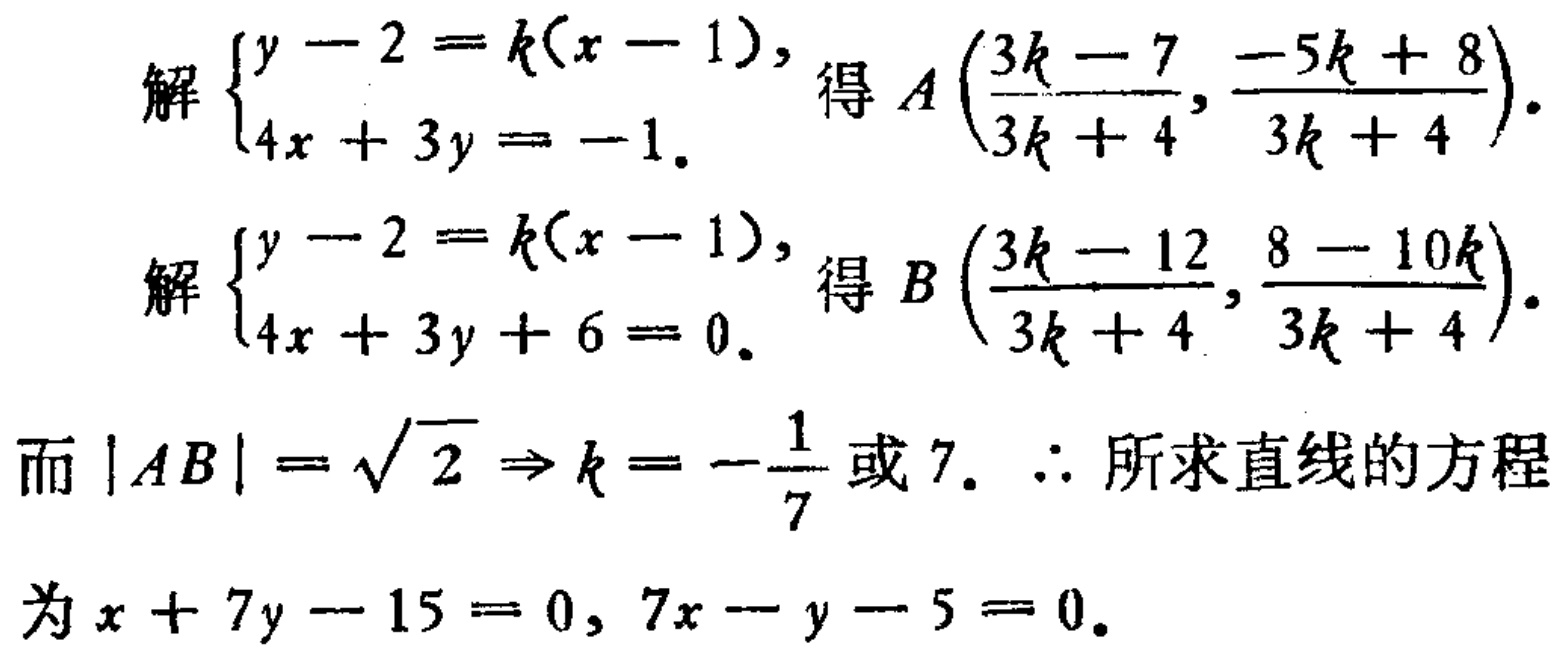
解$\begin{cases}y - 2 = k(x - 1),\\4x + 3y = -1.\end{cases}$得$A\left(\frac{3k - 7}{3k + 4}, \frac{-5k + 8}{3k + 4}\right)$.
解$\begin{cases}y - 2 = k(x - 1),\\4x + 3y + 6 = 0.\end{cases}$得$B\left(\frac{3k - 12}{3k + 4}, \frac{8 - 10k}{3k + 4}\right)$.
而$|AB| = \sqrt{2} \Rightarrow k = -\frac{1}{7}$或$7$. $\therefore$ 所求直线的方程
为$x + 7y - 15 = 0, 7x - y - 5 = 0$.